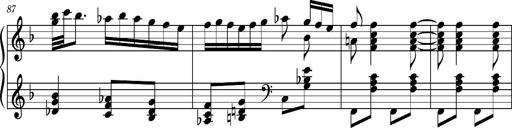
Title: Ungarischer Romanzero
Composer: Franz Liszt